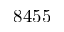
8 4 5 5